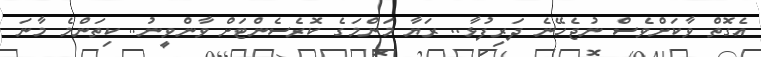
އެގޮތް ވާކަށްވެސް ނުޖެހޭނެ ދަރިފުޅާ.. ރަޔާ މަންމަގެ ކޮރެސެންޓަށް ވާންވީނު.. ކިތަންމެ މާނަ